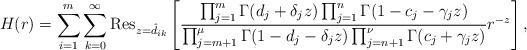
LaTeX: \begin{align*}H(r)=\sum_{i=1}^{m}\sum_{k=0}^{\infty}\textnormal{Res}_{z=\hat{d}_{ik}}\left[\frac{\prod_{j=1}^{m}\Gamma(d_{j}+\delta_{j}z)\prod_{j=1}^{n}\Gamma(1-c_{j}-\gamma_{j}z)}{\prod_{j=m+1}^{\mu}\Gamma(1-d_{j}-\delta_{j}z)\prod_{j=n+1}^{\nu}\Gamma(c_{j}+\gamma_{j}z)}r^{-z}\right],\end{align*}